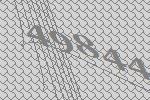
49844